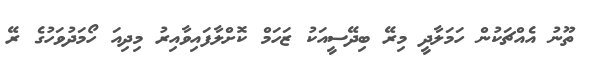
ތޫނު އެއްޗަކުން ހަމަލާދީ މިރޭ ބިދޭސީއަކު ޒަހަމް ކޮށްލާފައިވާއިރު މިދިއަ ހޯމަދުވަހުގެ ރޭ